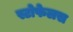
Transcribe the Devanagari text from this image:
स्टोफेलस